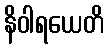
နိဝါရယေတိ